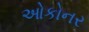
ઓકોનર